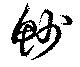
魦